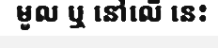
មូល ឬ នៅលើ នេះ